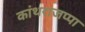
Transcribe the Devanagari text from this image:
कांथराजप्पा